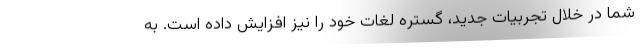
شما در خلال تجربیات جدید، گستره لغات خود را نیز افزایش داده است. به